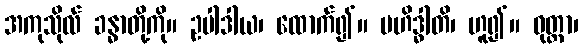
အကုသိုလ် ခန္ဓာတို့ကို။ ဥပါဒါယ၊ ထောက်၍။ ဗဟိဒ္ဓါတိ၊ ဟူ၍။ ဝုတ္တာ၊